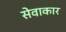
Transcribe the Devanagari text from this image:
सेवाकार